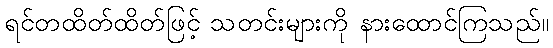
ရင်တထိတ်ထိတ်ဖြင့် သတင်းများကို နားထောင်ကြသည်။